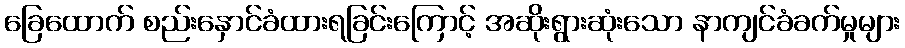
ခြေထောက် စည်းနှောင်ခံထားရခြင်းကြောင့် အဆိုးရွားဆုံးသော နာကျင်ခံခက်မှုများ